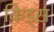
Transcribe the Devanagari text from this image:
किड्‍स